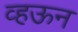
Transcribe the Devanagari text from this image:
व्हऊन